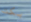
بكت